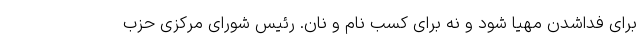
برای فداشدن مهیا شود و نه برای کسب نام و نان. رئیس شورای مرکزی حزب